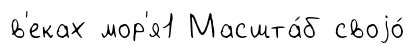
в'еках мор'я1 Масшта́б своjо́